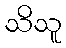
သိသူ